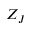
Z _ { J }